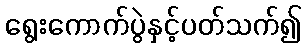
ရွေးကောက်ပွဲနှင့်ပတ်သက်၍